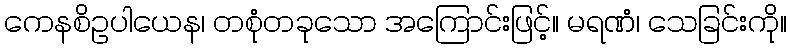
ကေနစိဥပါယေန၊ တစုံတခုသော အကြောင်းဖြင့်။ မရဏံ၊ သေခြင်းကို။